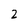
Character: 2